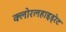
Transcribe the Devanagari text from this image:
क्लोरलहाइड्रेट